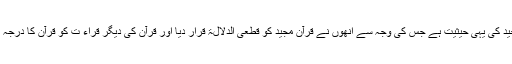
قرآن مجید کی یہی حیثیت ہے جس کی وجہ سے انھوں نے قرآن مجید کو قطعی الدلالۃ قرار دیا اور قرآن کی دیگر قراء ت کو قرآن کا درجہ نہیں دیا۔